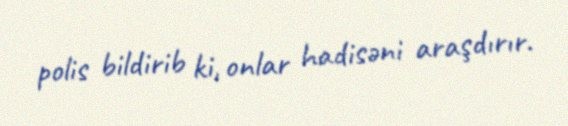
polis bildirib ki, onlar hadisəni araşdırır.